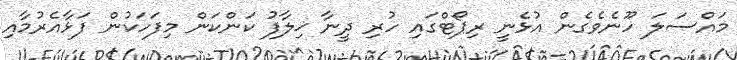
މައްސަލަ ހޫނެވެގެން އުޅެނީ ރިޕޯޓްގައި ހުރި ދީނާ ޚިލާފު ކަންކަން މިފަހަކުން ފަޅާއެރުމާއި